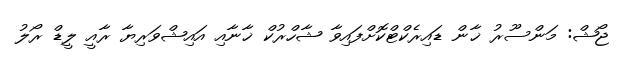
ޖޯޝް: މަންސޫރު ޚާން ޑައިރެކްޓްކޮށްފައިވާ ޝާހްރުކް ޚާނާއި އައިޝްވަރިޔާ ރާއީ ލީޑް ރޯލު